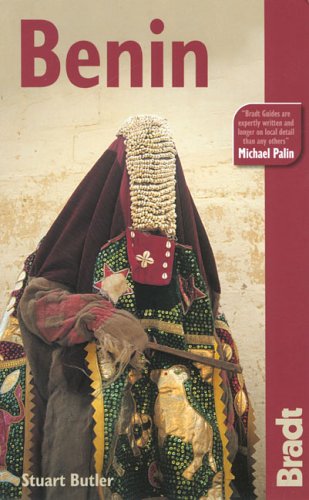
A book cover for Benin: The Bradt Travel Guide; Stuart Butler; Travel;